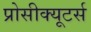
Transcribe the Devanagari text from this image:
प्रोसीक्यूटर्स